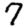
Digit: 7